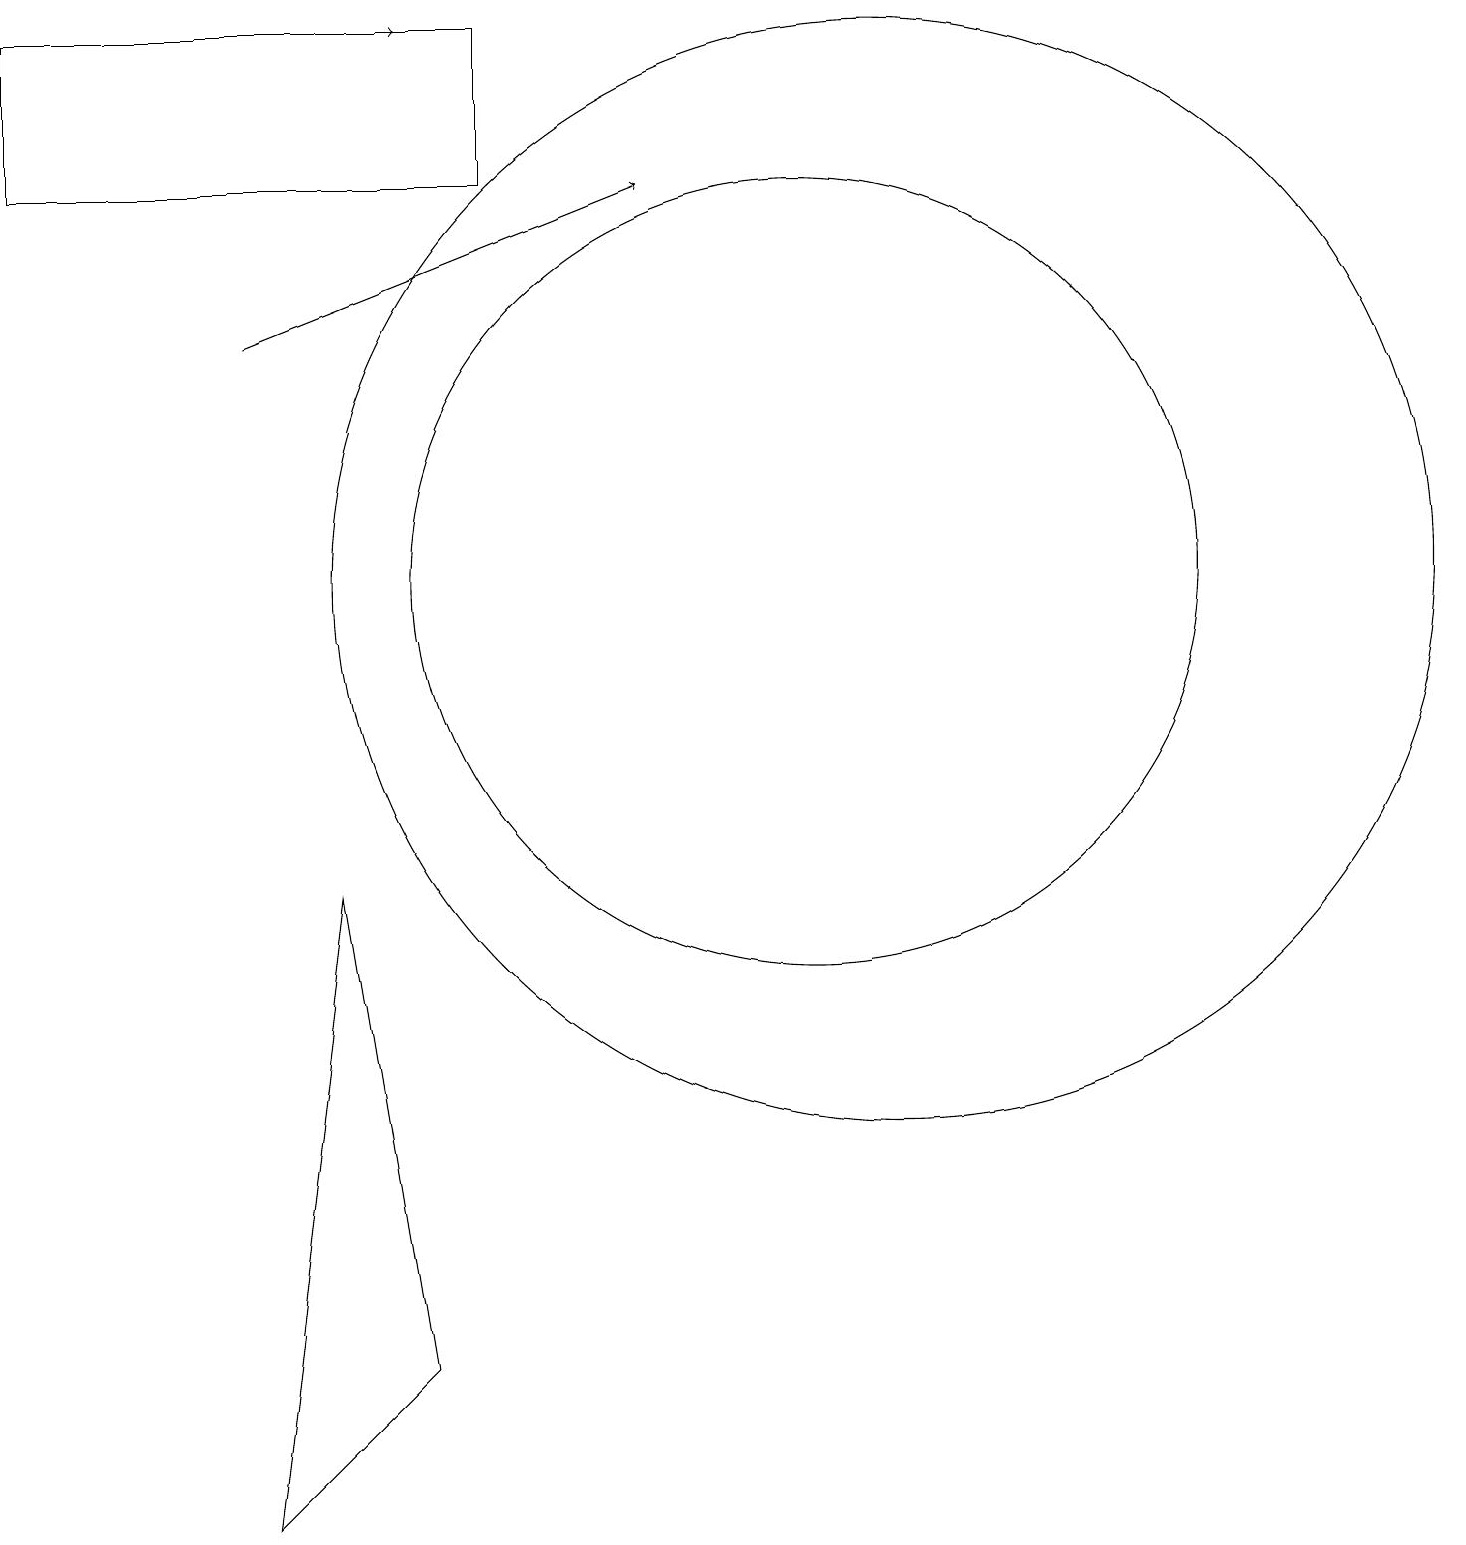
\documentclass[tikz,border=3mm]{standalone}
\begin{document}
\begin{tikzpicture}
\draw[->] (4,19) -- (6,19);
\draw (11,12) circle (5);
\draw (4,0) -- (5,8) -- (6,2) -- cycle;
\draw (12,12) circle (7);
\draw (7,17) rectangle (1,19);
\draw[->] (4,15) -- (9,17);
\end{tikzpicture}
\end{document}